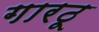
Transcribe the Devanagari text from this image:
गारठू